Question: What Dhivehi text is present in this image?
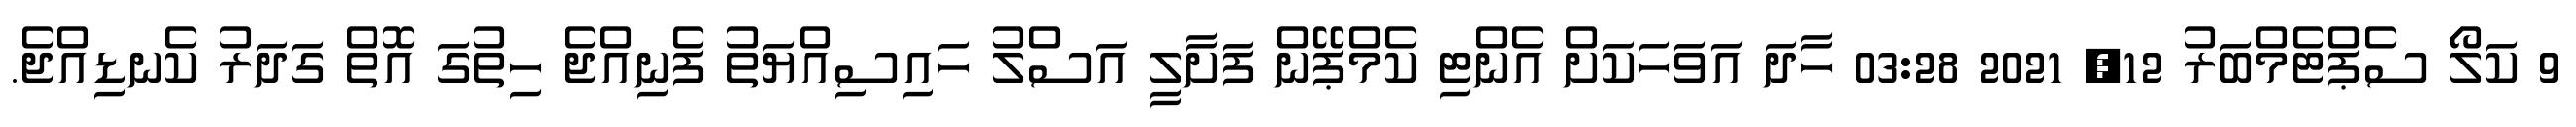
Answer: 9 ކަލޯ ސެޕްޓެމްބަރު 12, 2021 03:28 ހާދަ އަވަހަކަށް އެންޓި ކެމްޕޭން ފަށާލީ އަސްލު ހައިސިއްޔަތު ފެނިއްޖެ ހިތުގަ އޮތް ގަދަރު ކެނޑިއްޖެ.